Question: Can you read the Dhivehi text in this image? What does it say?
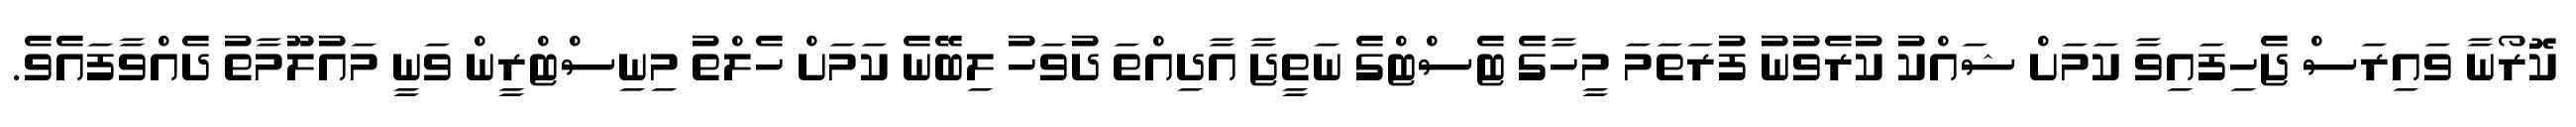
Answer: ކޮރޯނާ ވައިރަސް ޖެހިފައިވާ ކަމަށް ޝައްކު ކުރެވުނު ފުރަތަމަ މީހާގެ ޓެސްޓްގެ ނަތީޖާ އާދިއްތަ ދުވަހު ލިބޭނެ ކަމަށް ހެލްތު މިނިސްޓްރީން ވަނީ މައުލޫމާތު ދެއްވާފައެވެ.